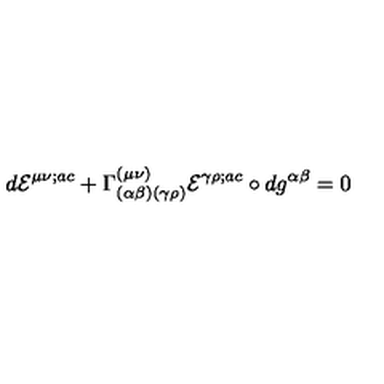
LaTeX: d { \cal E } ^ { \mu \nu ; a c } + \Gamma _ { ( \alpha \beta ) ( \gamma \rho ) } ^ { ( \mu \nu ) } { \cal E } ^ { \gamma \rho ; a c } \circ d g ^ { \alpha \beta } = 0